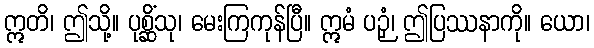
ဣတိ၊ ဤသို့။ ပုစ္ဆိံသု၊ မေးကြကုန်ပြီ။ ဣမံ ပဉှံ၊ ဤပြဿနာကို။ ယော၊